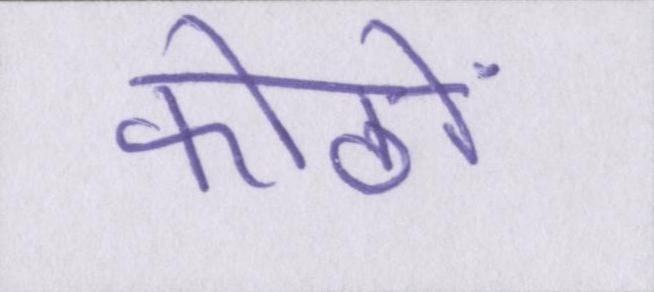
कोठों